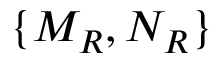
\{ M _ { R } , N _ { R } \}